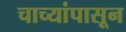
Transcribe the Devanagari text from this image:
चाच्यांपासून